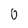
Character: 0